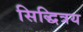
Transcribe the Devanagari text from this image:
सिद्धित्रय